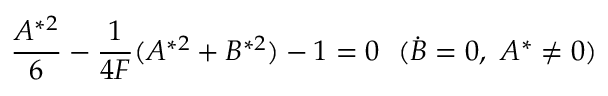
\frac { A ^ { * 2 } } { 6 } - \frac { 1 } { 4 F } ( A ^ { * 2 } + B ^ { * 2 } ) - 1 = 0 \ \ ( \Dot { B } = 0 , \ A ^ { * } \neq 0 )